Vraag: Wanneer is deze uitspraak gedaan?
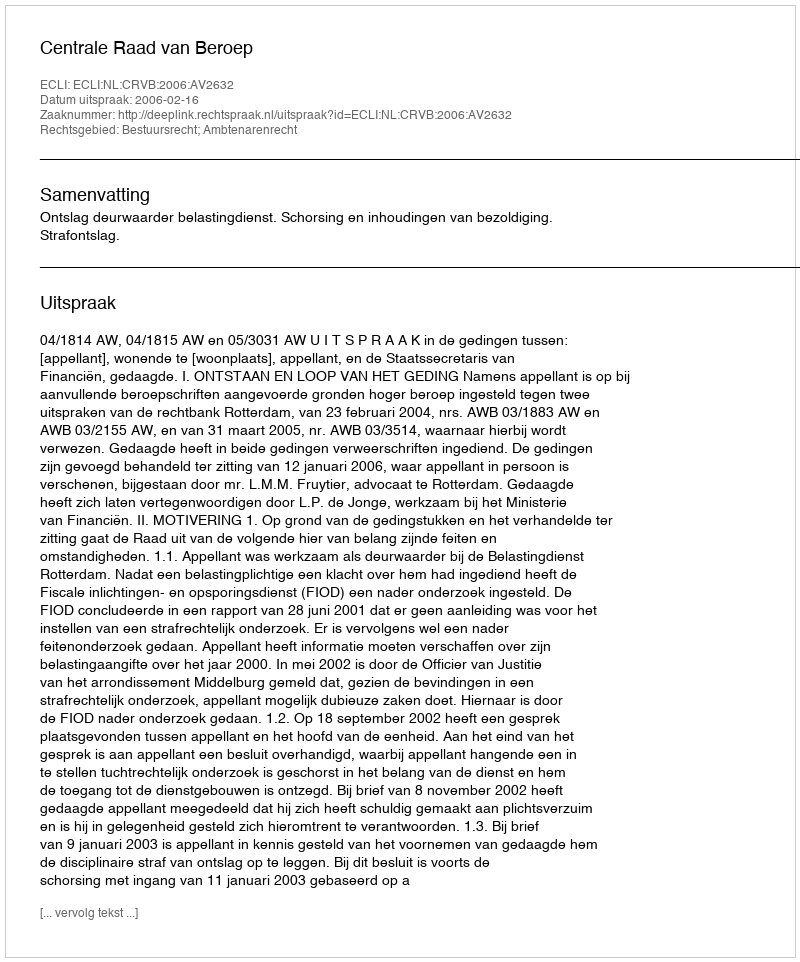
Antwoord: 2006-02-16